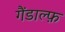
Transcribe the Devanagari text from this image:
गैंडाल्फ़